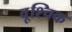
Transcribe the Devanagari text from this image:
वृ्श्चिक